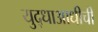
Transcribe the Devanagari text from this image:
युद्धाआधीची